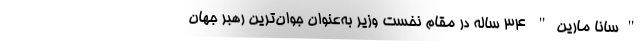
"سانا مارین" ۳۴ ساله در مقام نخست وزیر به‌عنوان جوان‌ترین رهبر جهان